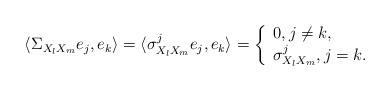
LaTeX: \begin{align*} \langle \Sigma _{X_l X_m} e_j, e_k \rangle = \langle \sigma _{X_l X_m}^j e_j, e_k \rangle = \left\{\begin{array}{lll}0, j\neq k,\\\sigma _{X_l X_m}^j, j=k.\end{array}\right.\end{align*}